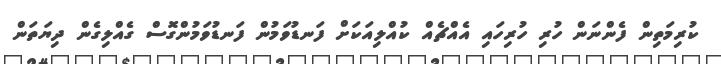
ކުރިމަތިން ފެންނަން ހުރި ހުރިހައި އެއްޗެއް ކުއްލިއަކަށް ފަނޑުވަމުން ފަނޑުވަމުންގޮސް ގެއްލިގެން ދިޔަތަން